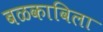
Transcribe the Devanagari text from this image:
बळकाविला